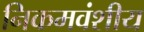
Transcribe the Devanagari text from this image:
निकमवंशीय